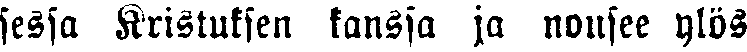
sessa Kristuksen kanssa ja nousee ylös